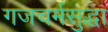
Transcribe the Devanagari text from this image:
गजचर्मसुद्धा